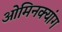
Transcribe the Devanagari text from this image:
ओमिनक्यांग